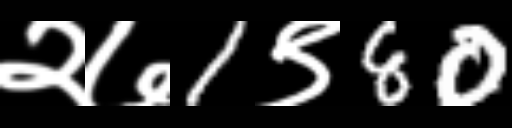
Text: २७1९80